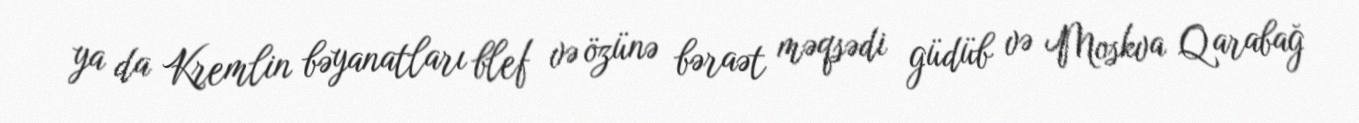
ya da Kremlin bəyanatları blef və özünə bəraət məqsədi güdüb və Moskva Qarabağ